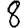
Digit: 8